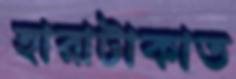
হারাটাকাত